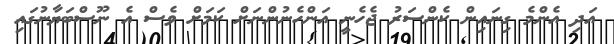
އަދި އެންމެ ގިނައިން ކެންސަރު ޖެހެނީ އަންހެނުންނަށް ކަމަށް ވެސް އެ ނޫސްބަޔާނުގައި